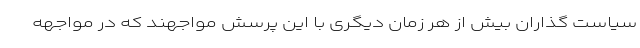
سیاست گذاران بیش از هر زمان دیگری با این پرسش مواجهند که در مواجهه